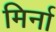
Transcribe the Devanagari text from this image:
मिर्ना